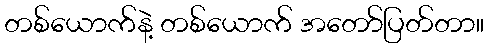
တစ်ယောက်နဲ့ တစ်ယောက် အတော်ပြတ်တာ။